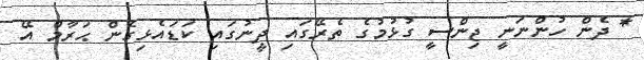
* ދެން ހުންނަނީ ޖިންސީ ގުޅުމުގެ ތެރޭގައި ދީނުގައި ކަޑައެޅިގެން ޙަރާމް އޭ